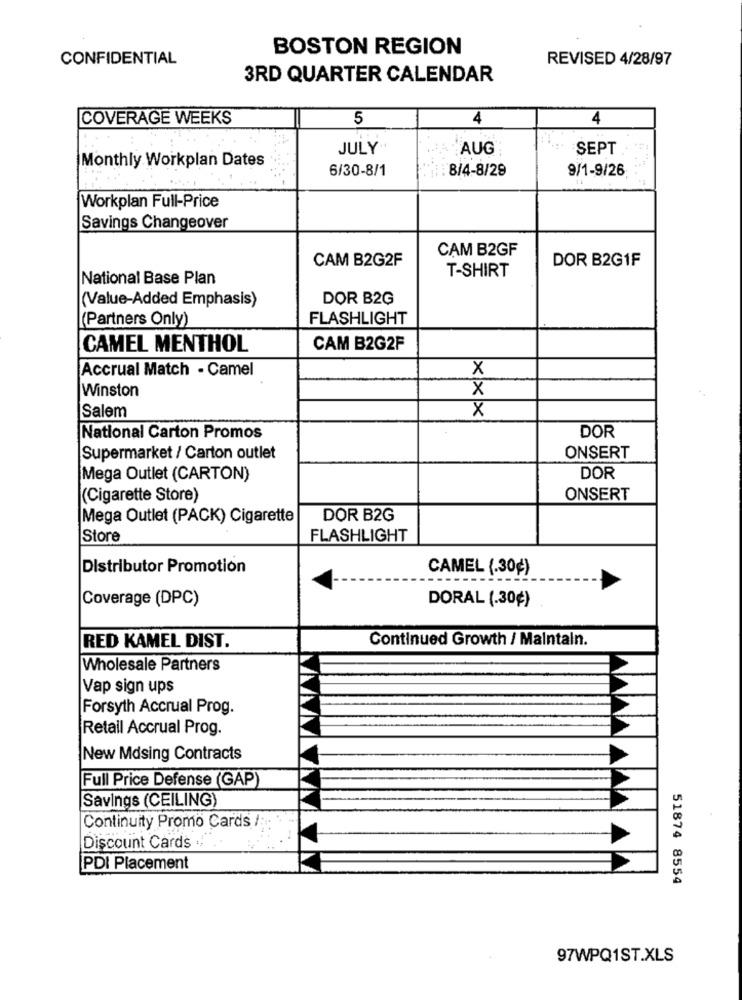
BOSTON REGION
CONFIDENTIAL
REVISED 4/28/97
3RD QUARTER CALENDAR
COVERAGE WEEKS
5
4
4
JULY
AUG
SEPT
Monthly Workplan Dates
6/30-8/1
: 8/4-8/29
9/1-9/26;
Workplan Full-Price
Savings Changeover
CAM B2GF
CAM B2G2F
DOR B2G1F
T-SHIRT
National Base Plan
(Value-Added Emphasis)
DOR B2G
(Partners Only)
FLASHLIGHT
CAMEL MENTHOL
CAM B2G2F
Accrual Match - Camel
X
Winston
X
X
Salem
National Carton Promos
DOR
Supermarket / Carton outlet
ONSERT
Mega Outlet (CARTON)
DOR
(Cigarette Store)
ONSERT
Mega Outlet (PACK) Cigarette
DOR B2G
Store
FLASHLIGHT
Distributor Promotion
CAMEL (.30¢)
Coverage (DPC)
DORAL (.30¢)
Continued Growth / Maintain.
RED KAMEL DIST.
Wholesale Partners
Vap sign ups
Forsyth Accrual Prog.
Retail Accrual Prog.
New Mdsing Contracts
Full Price Defense (GAP
Savings (CEILING)
Continuity Promo Cards /
Discount Cards . ..
PDI Placement
51874 8554
97WPQ1ST.XLS